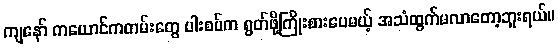
ကျနော် ကယောင်ကတမ်းတွေ ပါးစပ်က ရွတ်ဖို့ကြိုးစားပေမယ့် အသံထွက်မလာတော့ဘူးရယ်။